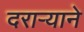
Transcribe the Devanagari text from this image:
दराऱ्याने